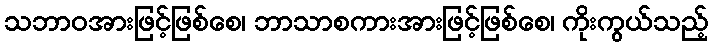
သဘာဝအားဖြင့်ဖြစ်စေ၊ ဘာသာစကားအားဖြင့်ဖြစ်စေ၊ ကိုးကွယ်သည့်